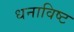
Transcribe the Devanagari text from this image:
धनाविष्ट